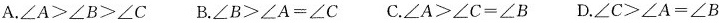
A.$$\angle A>\angle B>\angle C$$ B.$$\angle B>\angle A=\angle C$$ C.$$\angle A>\angle C=\angle B$$ D.$$\angle C>\angle A=\angle B$$